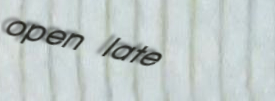
open late